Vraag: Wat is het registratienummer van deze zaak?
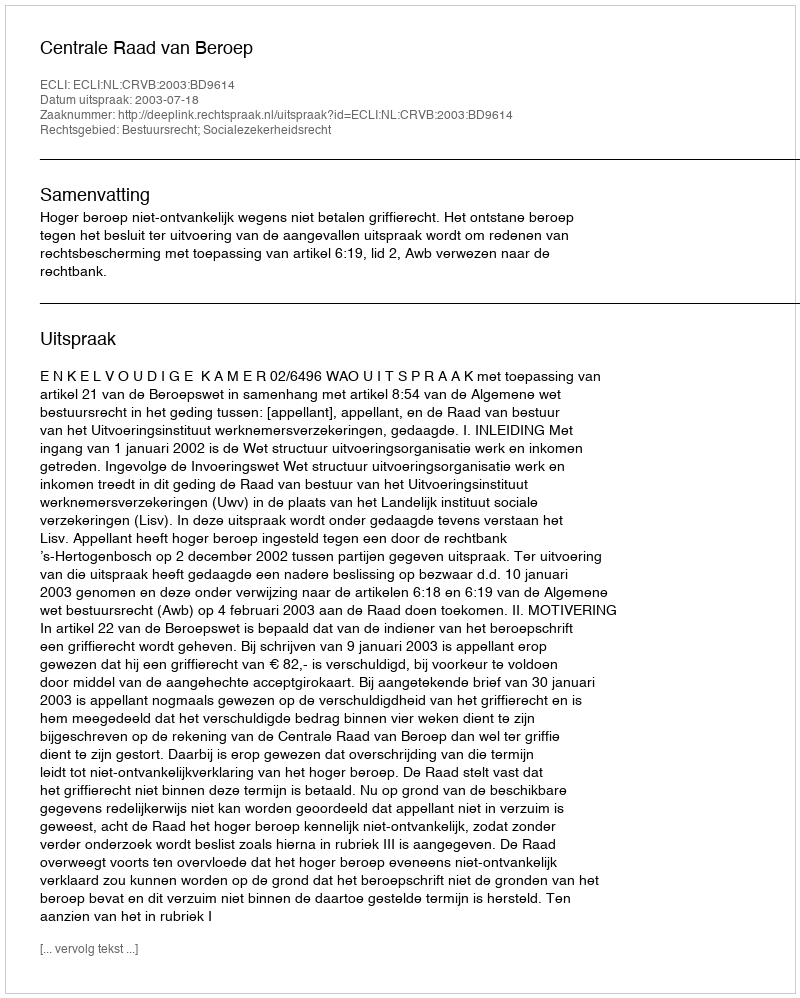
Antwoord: http://deeplink.rechtspraak.nl/uitspraak?id=ECLI:NL:CRVB:2003:BD9614